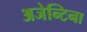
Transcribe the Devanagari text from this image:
अजेन्टिना